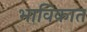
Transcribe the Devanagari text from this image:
भाविकात